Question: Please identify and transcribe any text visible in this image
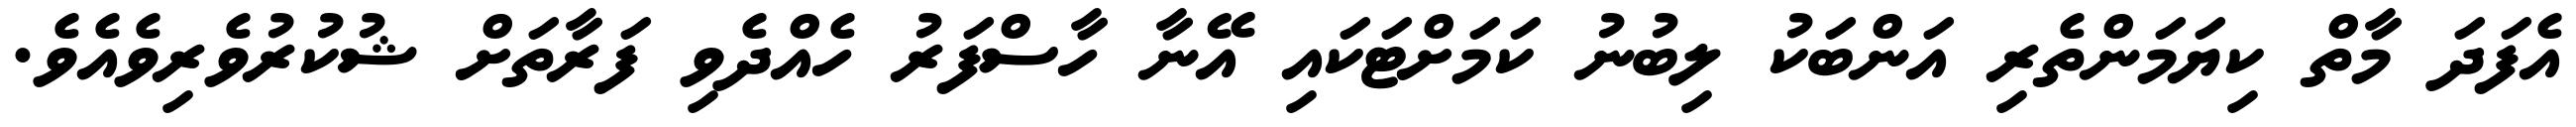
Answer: އެފަދަ މާތް ކިޔަމަންތެރި އަންބަކު ލިބުނު ކަމަށްޓަކައި އޭނާ ހާސްފަރު ހެއްދެވި ފަރާތަށް ޝުކުރުވެރިވެއެވެ.